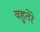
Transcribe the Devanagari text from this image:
वहुतेरे